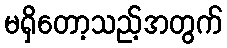
မရှိတော့သည့်အတွက်